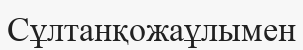
Сұлтанқожаұлымен